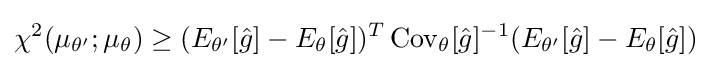
\chi ^{2}(\mu _{\theta '};\mu _{\theta })\geq (E_{\theta '}[{\hat {g}}]-E_{\theta }[{\hat {g}}])^{T}\operatorname {Cov} _{\theta }[{\hat {g}}]^{-1}(E_{\theta '}[{\hat {g}}]-E_{\theta }[{\hat {g}}])